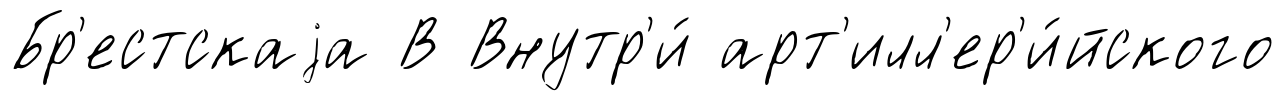
Бр'естскаjа В Внутр'и́ арт'илл'ер'и́йского